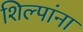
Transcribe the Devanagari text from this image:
शिल्पांना